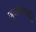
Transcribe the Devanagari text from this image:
ज्ञानदेवादि